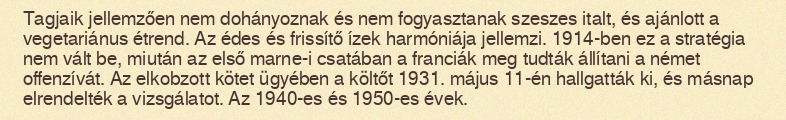
Tagjaik jellemzően nem dohányoznak és nem fogyasztanak szeszes italt, és ajánlott a vegetariánus étrend. Az édes és frissítő ízek harmóniája jellemzi. 1914-ben ez a stratégia nem vált be, miután az első marne-i csatában a franciák meg tudták állítani a német offenzívát. Az elkobzott kötet ügyében a költőt 1931. május 11-én hallgatták ki, és másnap elrendelték a vizsgálatot. Az 1940-es és 1950-es évek.